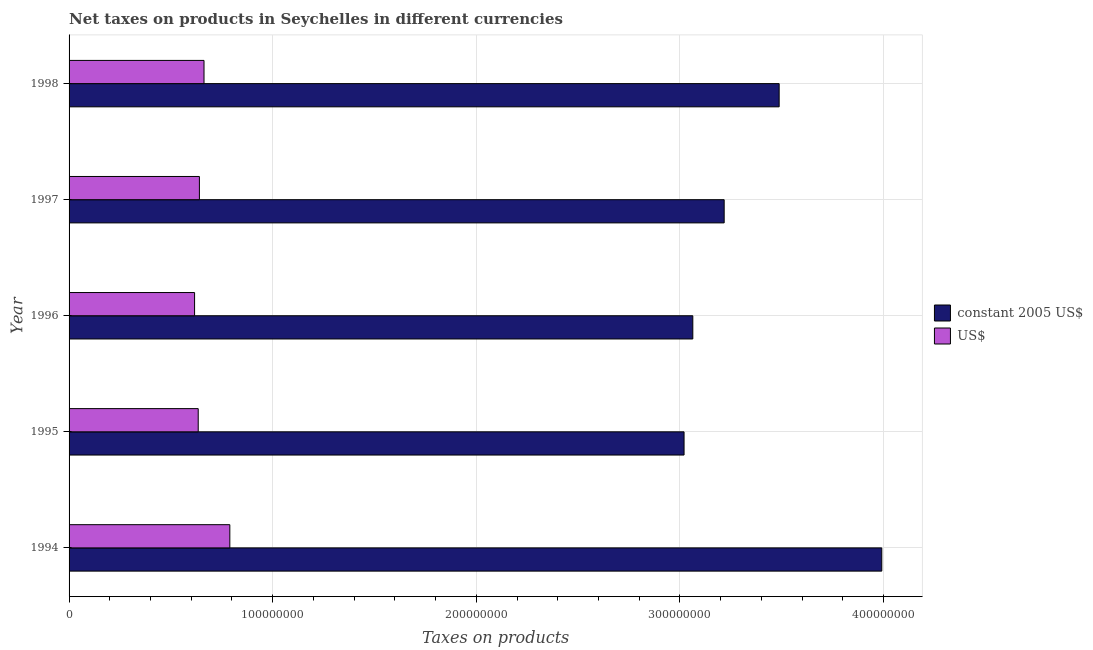
| Year | constant 2005 US$ | US$ |
 | --- | --- | --- |
 | 1994 | 3.99e+08 | 7.89e+07 |
 | 1995 | 3.02e+08 | 6.34e+07 |
 | 1996 | 3.06e+08 | 6.16e+07 |
 | 1997 | 3.22e+08 | 6.4e+07 |
 | 1998 | 3.49e+08 | 6.63e+07 |